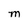
Character: m